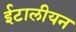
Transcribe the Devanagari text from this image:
ईटालीयन